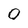
Character: 0